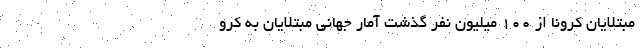
مبتلایان کرونا از ۱۰۰ میلیون نفر گذشت آمار جهانیِ مبتلایان به کرو